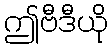
ဤဗီဒီယို